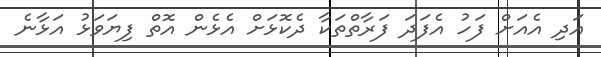
އަދި އެއަށް ފަހު އެފަދަ ފަރާތްތަކާ ދެކޮޅަށް އެޅެން އޮތް ފިޔަވަޅު އަޅާނެ